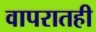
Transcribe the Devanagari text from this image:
वापरातही